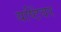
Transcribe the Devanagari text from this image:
यष्टिंवर